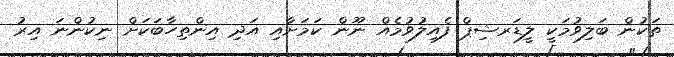
ތަކުން ބަލިވުމަކީ ލީޑަރޝިޕް ފެއިލުވުމެއް ނޫން ކަމަށާއި އަދި އިންތިހާބަކަށް ނިކުންނަ އިރު